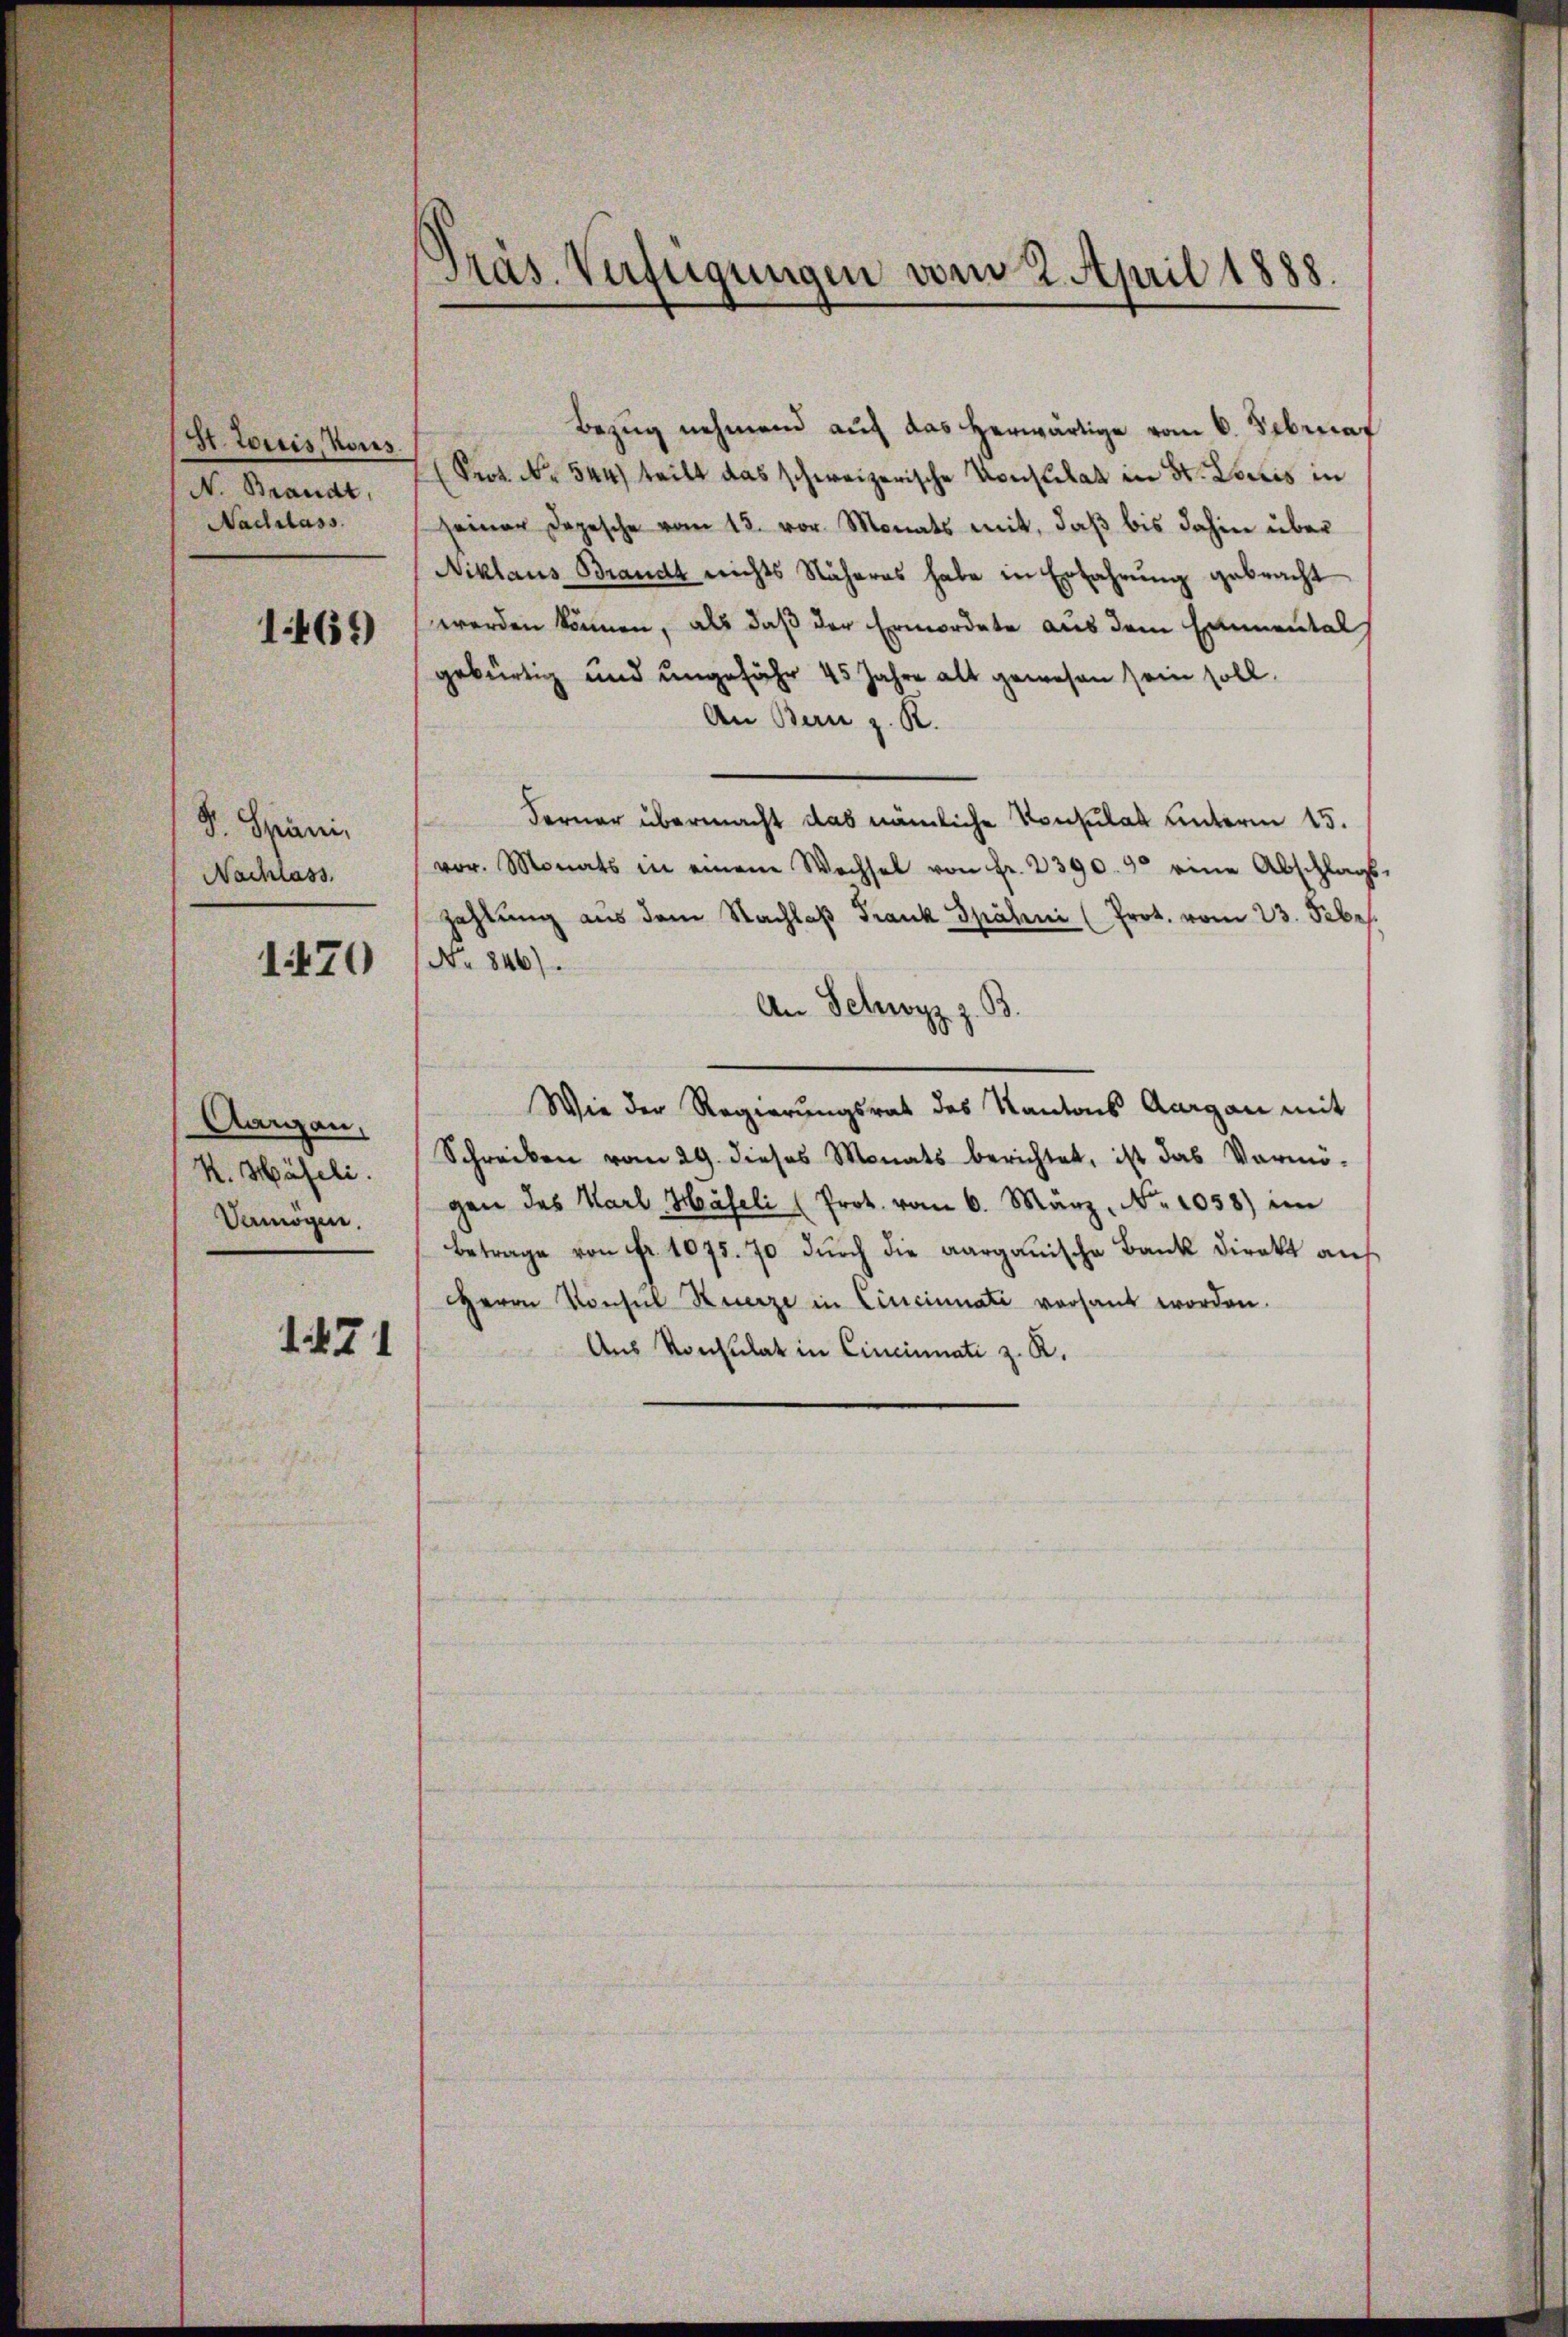
St. Louis, Kons.
N. Brandt,
Nachlass

1469)

D. Spanis
Nachlass

1470

Aargau,
K. Häfeli.
Vermögen.

1471

Präs. Verfügungen vom 2. April 1888.

Bezug nehmend auf das herwärtige vom 6. Februar
Prot. Nr. 544) teilt das schweizerische Konsulat in St. Loris in
seiner Depesche vom 13. vor. Monats mit, daβ bis dahin über
Niklaus Brandt nichts Näheres habe in Erfahrŭng gebracht
werden können, als daß der Ermordete aus dem Emmental
gebürtig und ungefähr 45 Jahre alt gewesen sein soll.
An Bern z. R.
Ferner übermacht das nämliche Konsulat unterm 15.
vor. Monats in einem Wechsel von Fr. 2390. 90 eine Abschlags-
zahlung aus dem Nachlaβ Frank Spähni (Prot. vom 23. Febr.
No 846).
.
An Schwyz z.
Wie der Regierungsrat des Kantons Aargau mit
Schreiben vom 29. dieses Monats berichtet, ist das Vermö-
gen des Karl Häfeli (Prot. vom 6. März. No 1058) im
Betrage von Fr. 1075. 70 durch die aargauische Bank Direkt an
HHerrn Konsul Kerze in Cincinati versant worden.
Aus Konsulat in Cincinnati z. R.